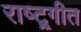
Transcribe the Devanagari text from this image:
राष्ट्र्गीत